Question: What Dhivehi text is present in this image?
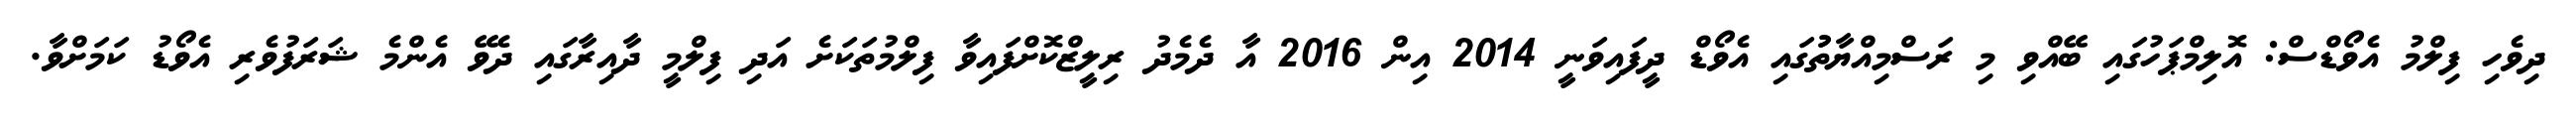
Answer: ދިވެހި ފިލްމު އެވޯޑްސް: އޮލިމްޕަހުގައި ބޭއްވި މި ރަސްމިއްޔާތުުގައި އެވޯޑް ދީފައިވަނީ 2014 އިން 2016 އާ ދެމެދު ރިލީޒްކޮށްފައިވާ ފިލްމުތަކަށެ އަދި ފިލްމީ ދާއިރާގައި ދެވޭ އެންމެ ޝަރަފުވެރި އެވޯޑު ކަމަށްވާ.